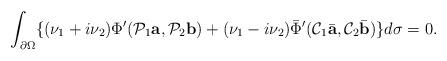
LaTeX: \begin{align*}\int_{\partial\Omega}\{(\nu_1+i\nu_2)\Phi'(\mathcal P_1 \mbox{\bf a},\mathcal P_2 \mbox{\bf b})+(\nu_1-i\nu_2)\bar\Phi'(\mathcal C_1\bar {\mbox{\bf a}},\mathcal C_2\bar {\mbox{\bf b}})\}d\sigma=0.\end{align*}